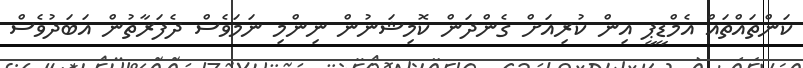
ކަންތައްތައް އެމްޑީޕީ އިން ކުރިއަށް ގެންދަން ކޮމިޝަނުން ނިންމި ނަމަވެސް ދެފަރާތުން އަބަދުވެސް